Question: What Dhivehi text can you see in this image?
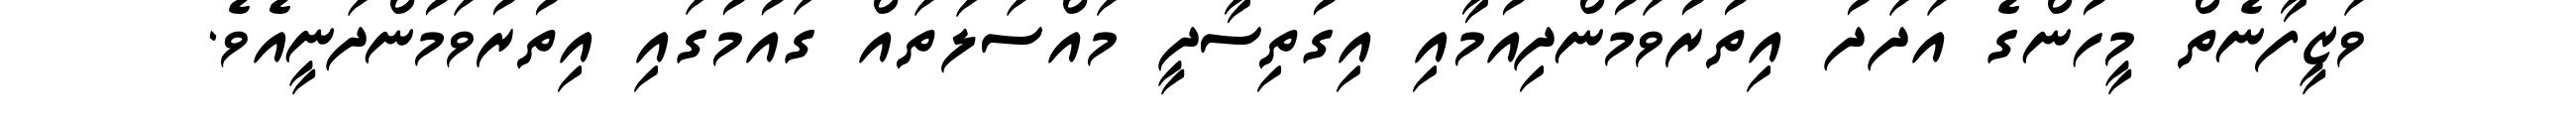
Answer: ވަޒީފާނެތް މީހުންގެ އަދަދު އިތުރުވަމުންދިއުމާއި އިގުތިސާދީ މައްސަލަތައް ގައުމުގައި އިތުރުވަމުންދަނީއެވެ.